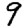
Digit: 9